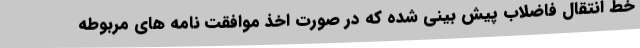
خط انتقال فاضلاب پیش بینی شده که در صورت اخذ موافقت نامه های مربوطه